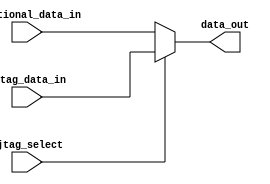
//--------------------------------------------------------
//
//  Copyright Mentor Graphics Corporation
//  All Rights Reserved
//
//  THIS WORK CONTAINS TRADE SECRET AND PROPRIETARY
//  INFORMATION WHICH IS THE PROPERTY OF MENTOR GRAPHICS
//  CORPORATION OR ITS LICENSORS AND IS SUBJECT
//  TO LICENSE TERMS.
//
//--------------------------------------------------------
//  File created by: Tessent Shell
//          Version: 2018.4-snapshot_2018.10.04_03.00
//--------------------------------------------------------

module top_tdr_creation_tessent_data_mux_w2 (
  ijtag_select,
  functional_data_in,
  ijtag_data_in,
  data_out
);
 
input               ijtag_select;
input  [1:0]        functional_data_in;
input  [1:0]        ijtag_data_in;
output [1:0]        data_out;
 
assign data_out = (ijtag_select) ? ijtag_data_in : functional_data_in;
 
endmodule